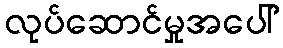
လုပ်ဆောင်မှုအပေါ်